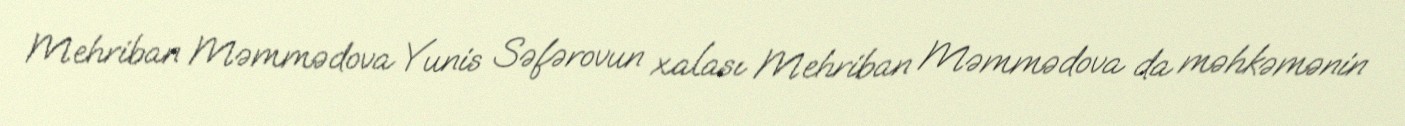
Mehriban Məmmədova Yunis Səfərovun xalası Mehriban Məmmədova da məhkəmənin